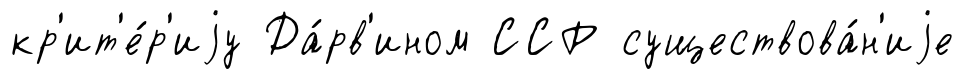
кр'ит'е́р'иjу Да́рв'ином ССР существова́н'иjе